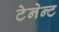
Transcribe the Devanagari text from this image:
टेनेन्ट